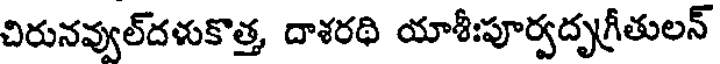
చిరునవ్వుల్దళుకొత్త, దాశరథి యాశీఃపూర్వదృగ్రీతులన్